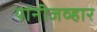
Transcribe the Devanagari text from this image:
यांनीजव्हार